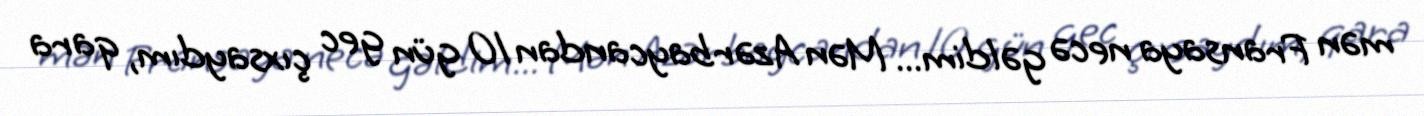
mən Fransaya necə gəldim... Mən Azərbaycandan 10 gün gec çıxsaydım, qara